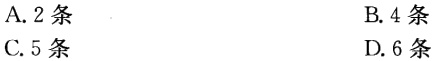
A. 2条
B. 4条
C. 5条
D. 6条